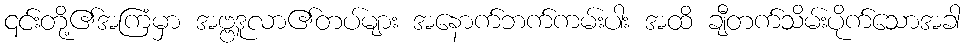
၎င်းတို့၏အကြံမှာ အဗ္ဗဒူလာ၏တပ်များ အနောက်ဘက်ကမ်းပါး အထိ ချီတက်သိမ်းပိုက်သောအခါ